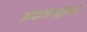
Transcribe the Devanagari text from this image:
अदाजानुसार